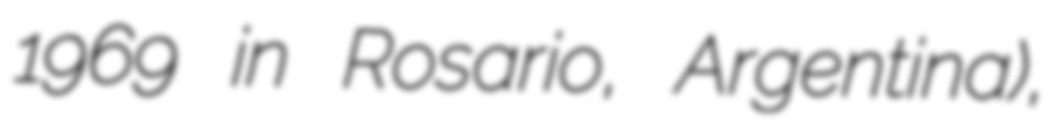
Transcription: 1969 in Rosario, Argentina),